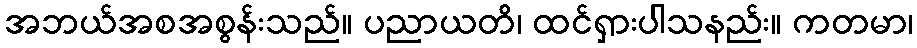
အဘယ်အစအစွန်းသည်။ ပညာယတိ၊ ထင်ရှားပါသနည်း။ ကတမာ၊